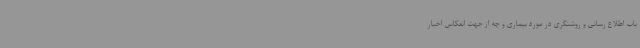
باب اطلاع رسانی و روشنگری در مورد بیماری و چه از جهت انعکاس اخبار